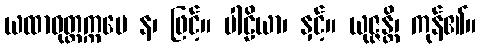
ယထာဝုတ္တက္ကမေ န၊ ဖြင့်။ ပါဠိယာ၊ နှင့်။ ယုဇ္ဇန္တိ၊ ကုန်၏။